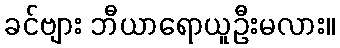
ခင်ဗျား ဘီယာရောယူဦးမလား။